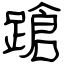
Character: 蹌